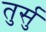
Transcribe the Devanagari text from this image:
तुर्सु